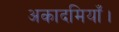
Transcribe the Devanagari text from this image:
अकादमियाँ।